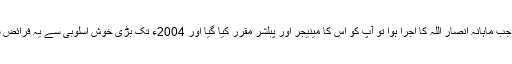
1960ء میں جب ماہانہ انصار اللہ کا اجرا ہوا تو آپ کو اس کا مینیجر اور پبلشر مقرر کیا گیا اور 2004ء تک بڑی خوش اسلوبی سے یہ فرائض سرانجام دیے۔